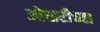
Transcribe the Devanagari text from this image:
ओसरीच्या